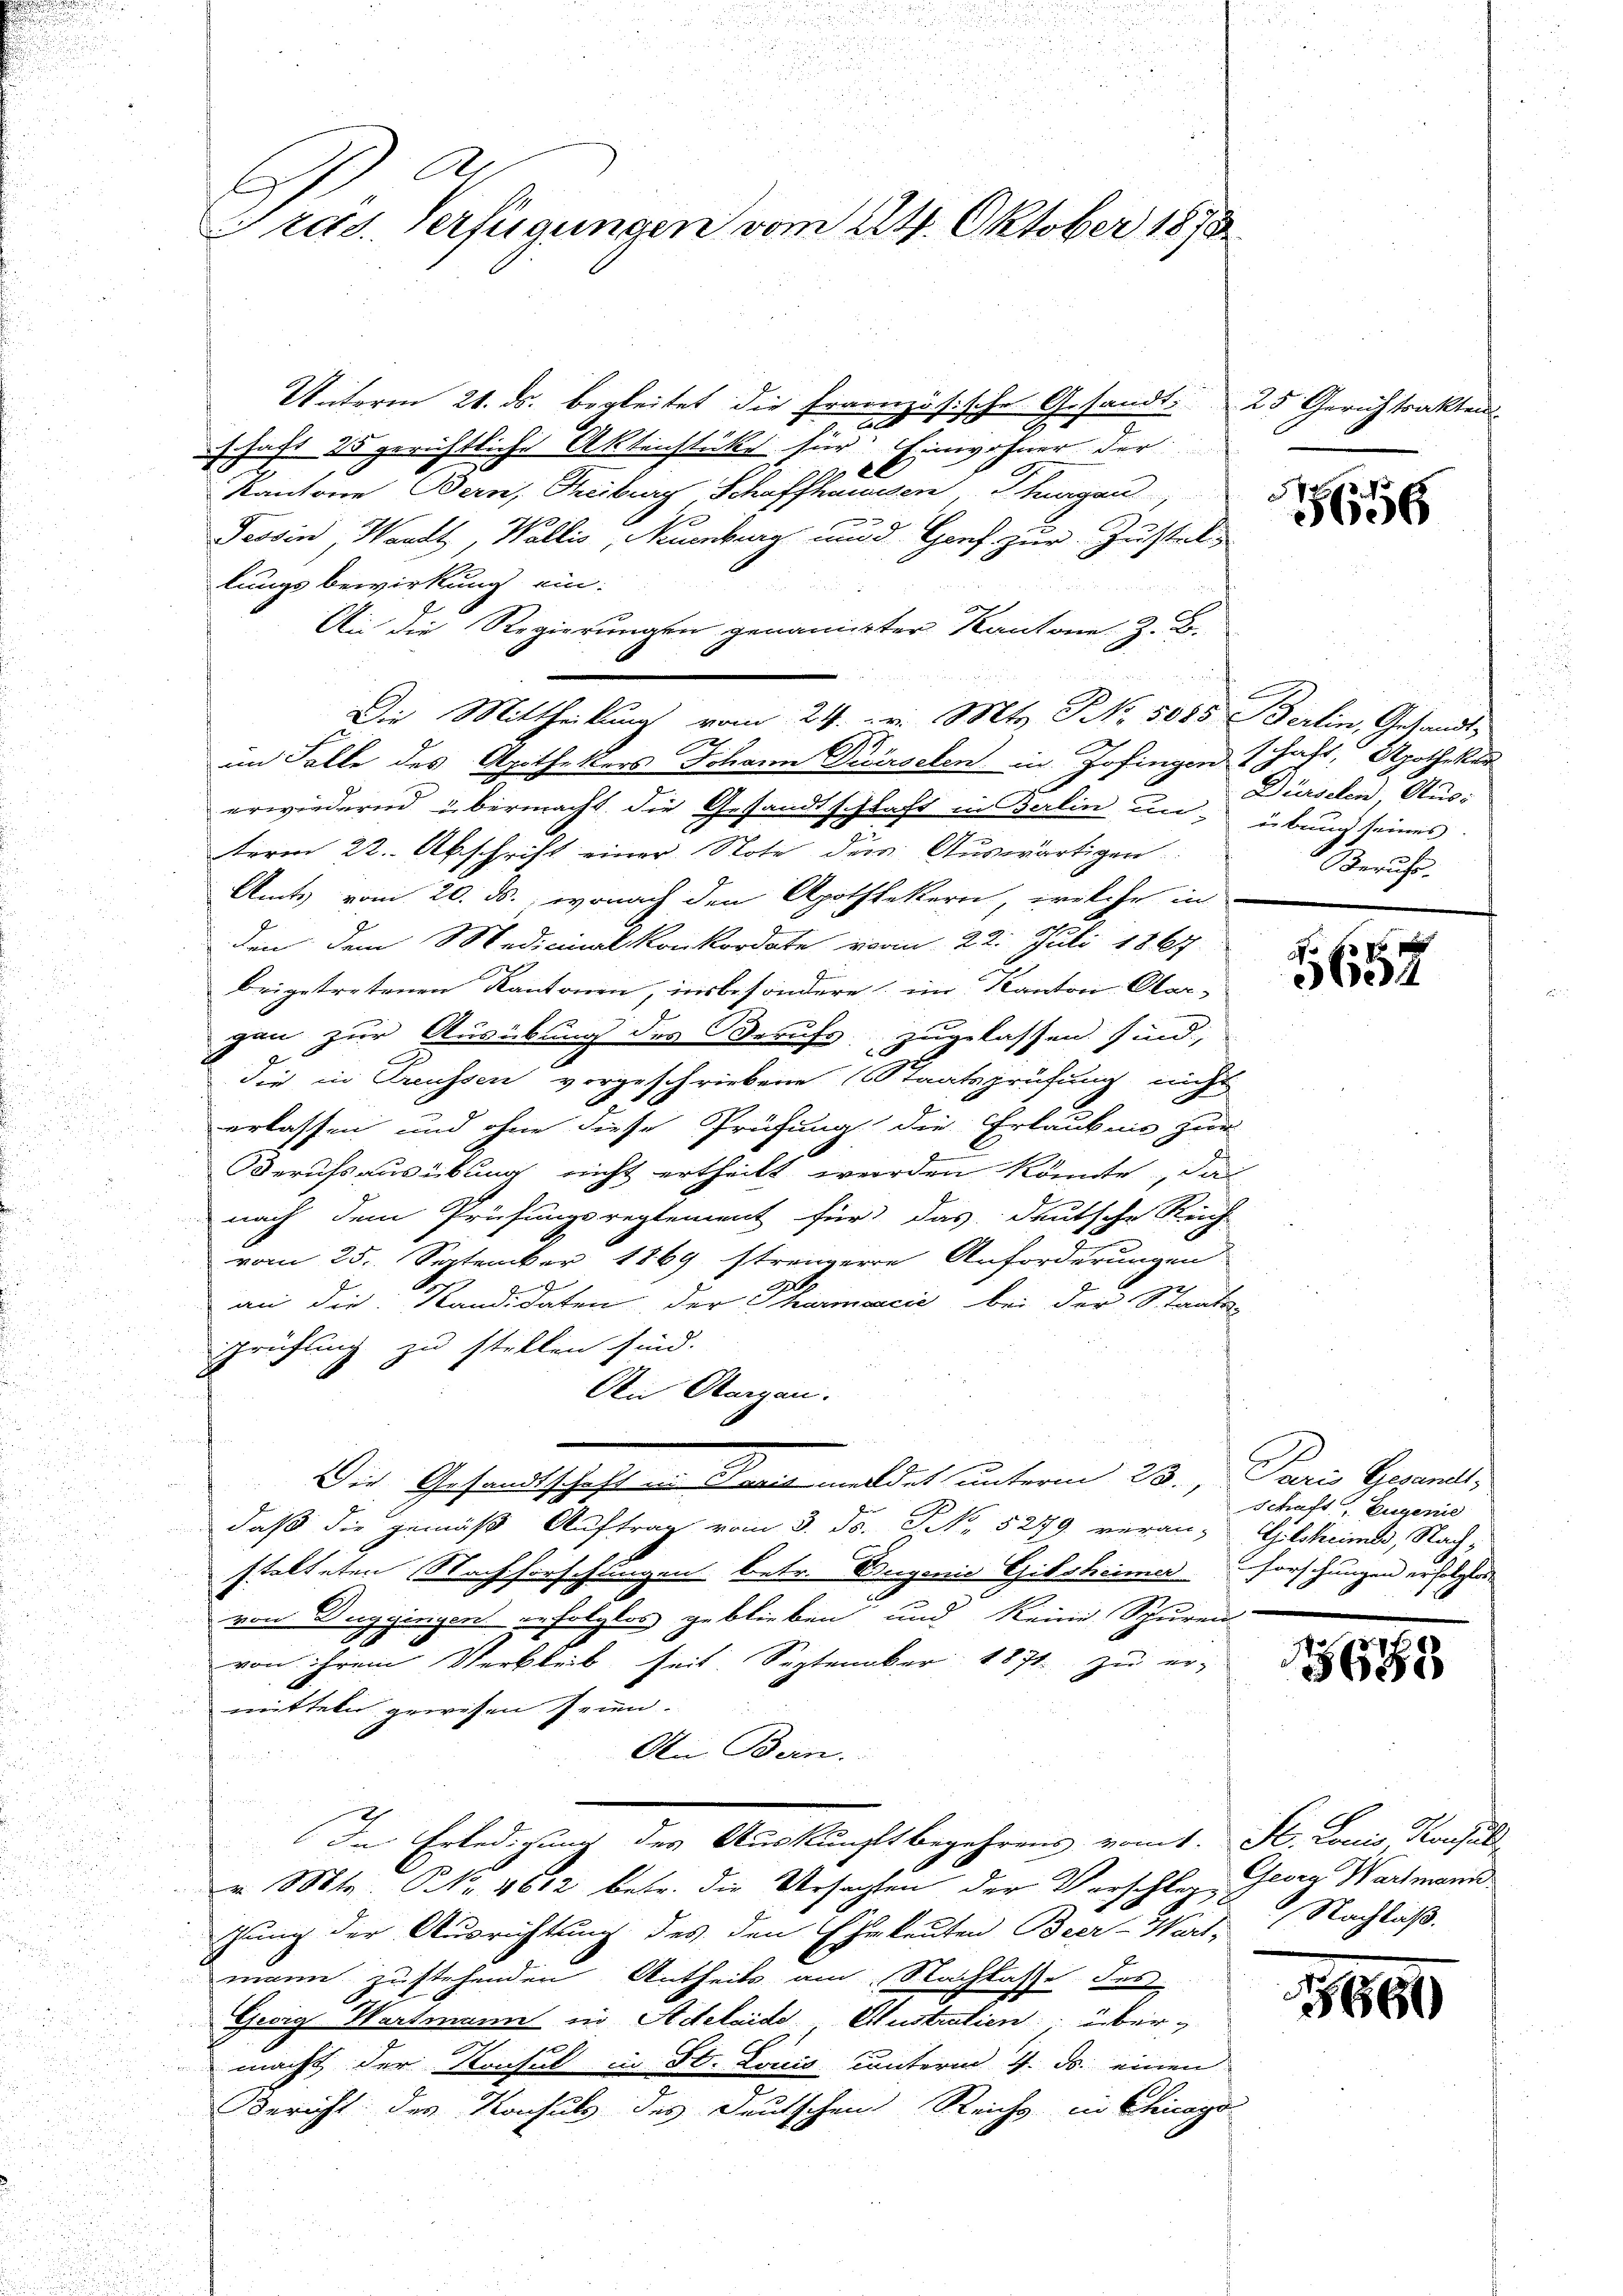
1
Tras. Verfügungen vom 24. Oktober 1878

Unterm 21. ds. begleitet die Französische Gesandt. 25 Gerich trakten
schaft 25 gerichtliche Aktenstücke für Einwohner der
 xx
Kantone Bern, Treiburg Schaffhausen Thurgau,
Tessin, Waadt, Wallis, Neuenburg und Genf zur Zustel
lungsbewirkung ein.
An die Regierungen genannter Kantone. Z. B.
n
Die Mittheilung vom 24. v. Mts. No. 5085 Berlin, Gesandt-
.
im Falle des Apothekers Johann Diärsehen in Zofingen hast, Apothekar
u
erwiedernd übermacht die Gesandtschlaft in Berlin un- übung seines
term 22. Abschrift einer Note der Auswärtigen
Amts vom 20. ds., wonach den Apothekern, welche in
den dem Medicinal konkordate vom 22. Juli 1867
beigetretenen Kantonen, insbesondere im Kanton Obergan zur Ausübung des Berufs zugelassen sind,
die in Treussen vorgeschriebene Staatsprüfung nicht
erlassen und ohne diese Prüfung die Erlaubnis zur
Berufsausübung nicht ertheilt werden könnte, das
nach dem Prüfungsreglement für das deutsche Reich
vom 25. September 1869 strengere Anforderungen
an die Kandidaten, der Thurmarcić bei der Staats-
prüfling zu stellen sind.
Ai Aargau.
Die Gesandtschaft in Paris meldet unterm 23., Paris Gesandt,
daß die gemäß Auftrag vom 3. ds. S. 5279 veran-Glsheimes, Nach-
stalteten Nachforschungen betr. Augenie Gibsheimer Forschungen erfolgte
von Buggingen gefolglos geblieben und keine Spuren
von ihrem Verbleib seit September 1871 zu er-
mitteln gewesen seien.
An Bern.
In Erledigung des Auskunftbegehrens vom 1. St. Louis, Konsul
v. Mts. Nr. 4612 betr. die Ursachten der Vorschlag Georg Wartmann
gung der Ausrichtung des den Eheleuten Beer-Wart-Nachlaß.
mann zustehenden Antheils am Nachlasse des
Gwig Wartmann in Adeleide Austratien übermacht der Konsul in St. Louis unterm 4. ds. einen
Bericht des Konsuls des Deutschen Reichs in Chicago

.
5656

Dürsehen, Aus-
Beruhe.

10 f 8 x
4

Schaft, Eugenie

685

9